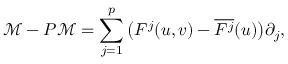
\mathcal M - P \mathcal M = \sum _ { j = 1 } ^ { p } \big ( F ^ { j } ( \boldsymbol { u } , \boldsymbol { v } ) - \overline { { F ^ { j } } } ( \boldsymbol { u } ) \big ) \partial _ { j } ,